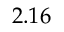
2 . 1 6